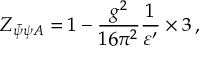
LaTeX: Z _ { \bar { \psi } \psi A } = 1 - \frac { g ^ { 2 } } { 1 6 \pi ^ { 2 } } \frac { 1 } { \varepsilon ^ { \prime } } \times 3 \, ,